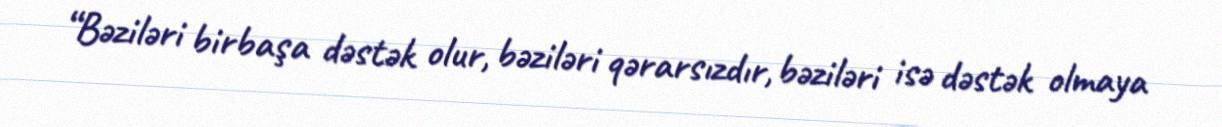
“Bəziləri birbaşa dəstək olur, bəziləri qərarsızdır, bəziləri isə dəstək olmaya